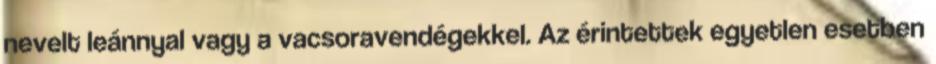
nevelt leánnyal vagy a vacsoravendégekkel. Az érintettek egyetlen esetben